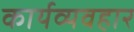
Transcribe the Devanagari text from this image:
कार्यव्यवहार